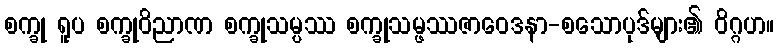
စက္ခု ရူပ စက္ခုဝိညာဏ စက္ခုသမ္ပဿ စက္ခုသမ္ဖဿဇာဝေဒနာ-စသောပုဒ်များ၏ ဝိဂ္ဂဟ။